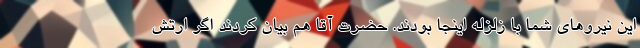
این نیروهای شما با زلزله اینجا بودند. حضرت آقا هم بیان کردند اگر ارتش